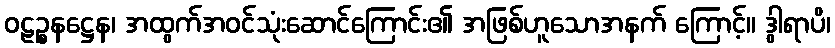
ဝဠဉ္စနဋ္ဌေန၊ အထွက်အဝင်သုံးဆောင်ကြောင်း၏ အဖြစ်ဟူသောအနက် ကြောင့်။ ဒွါရာပိ၊